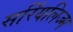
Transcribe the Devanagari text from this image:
सर्रियलिज्म